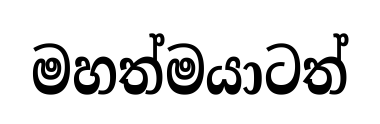
මහත්මයාටත්